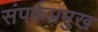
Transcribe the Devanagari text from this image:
संपर्कप्रमुख